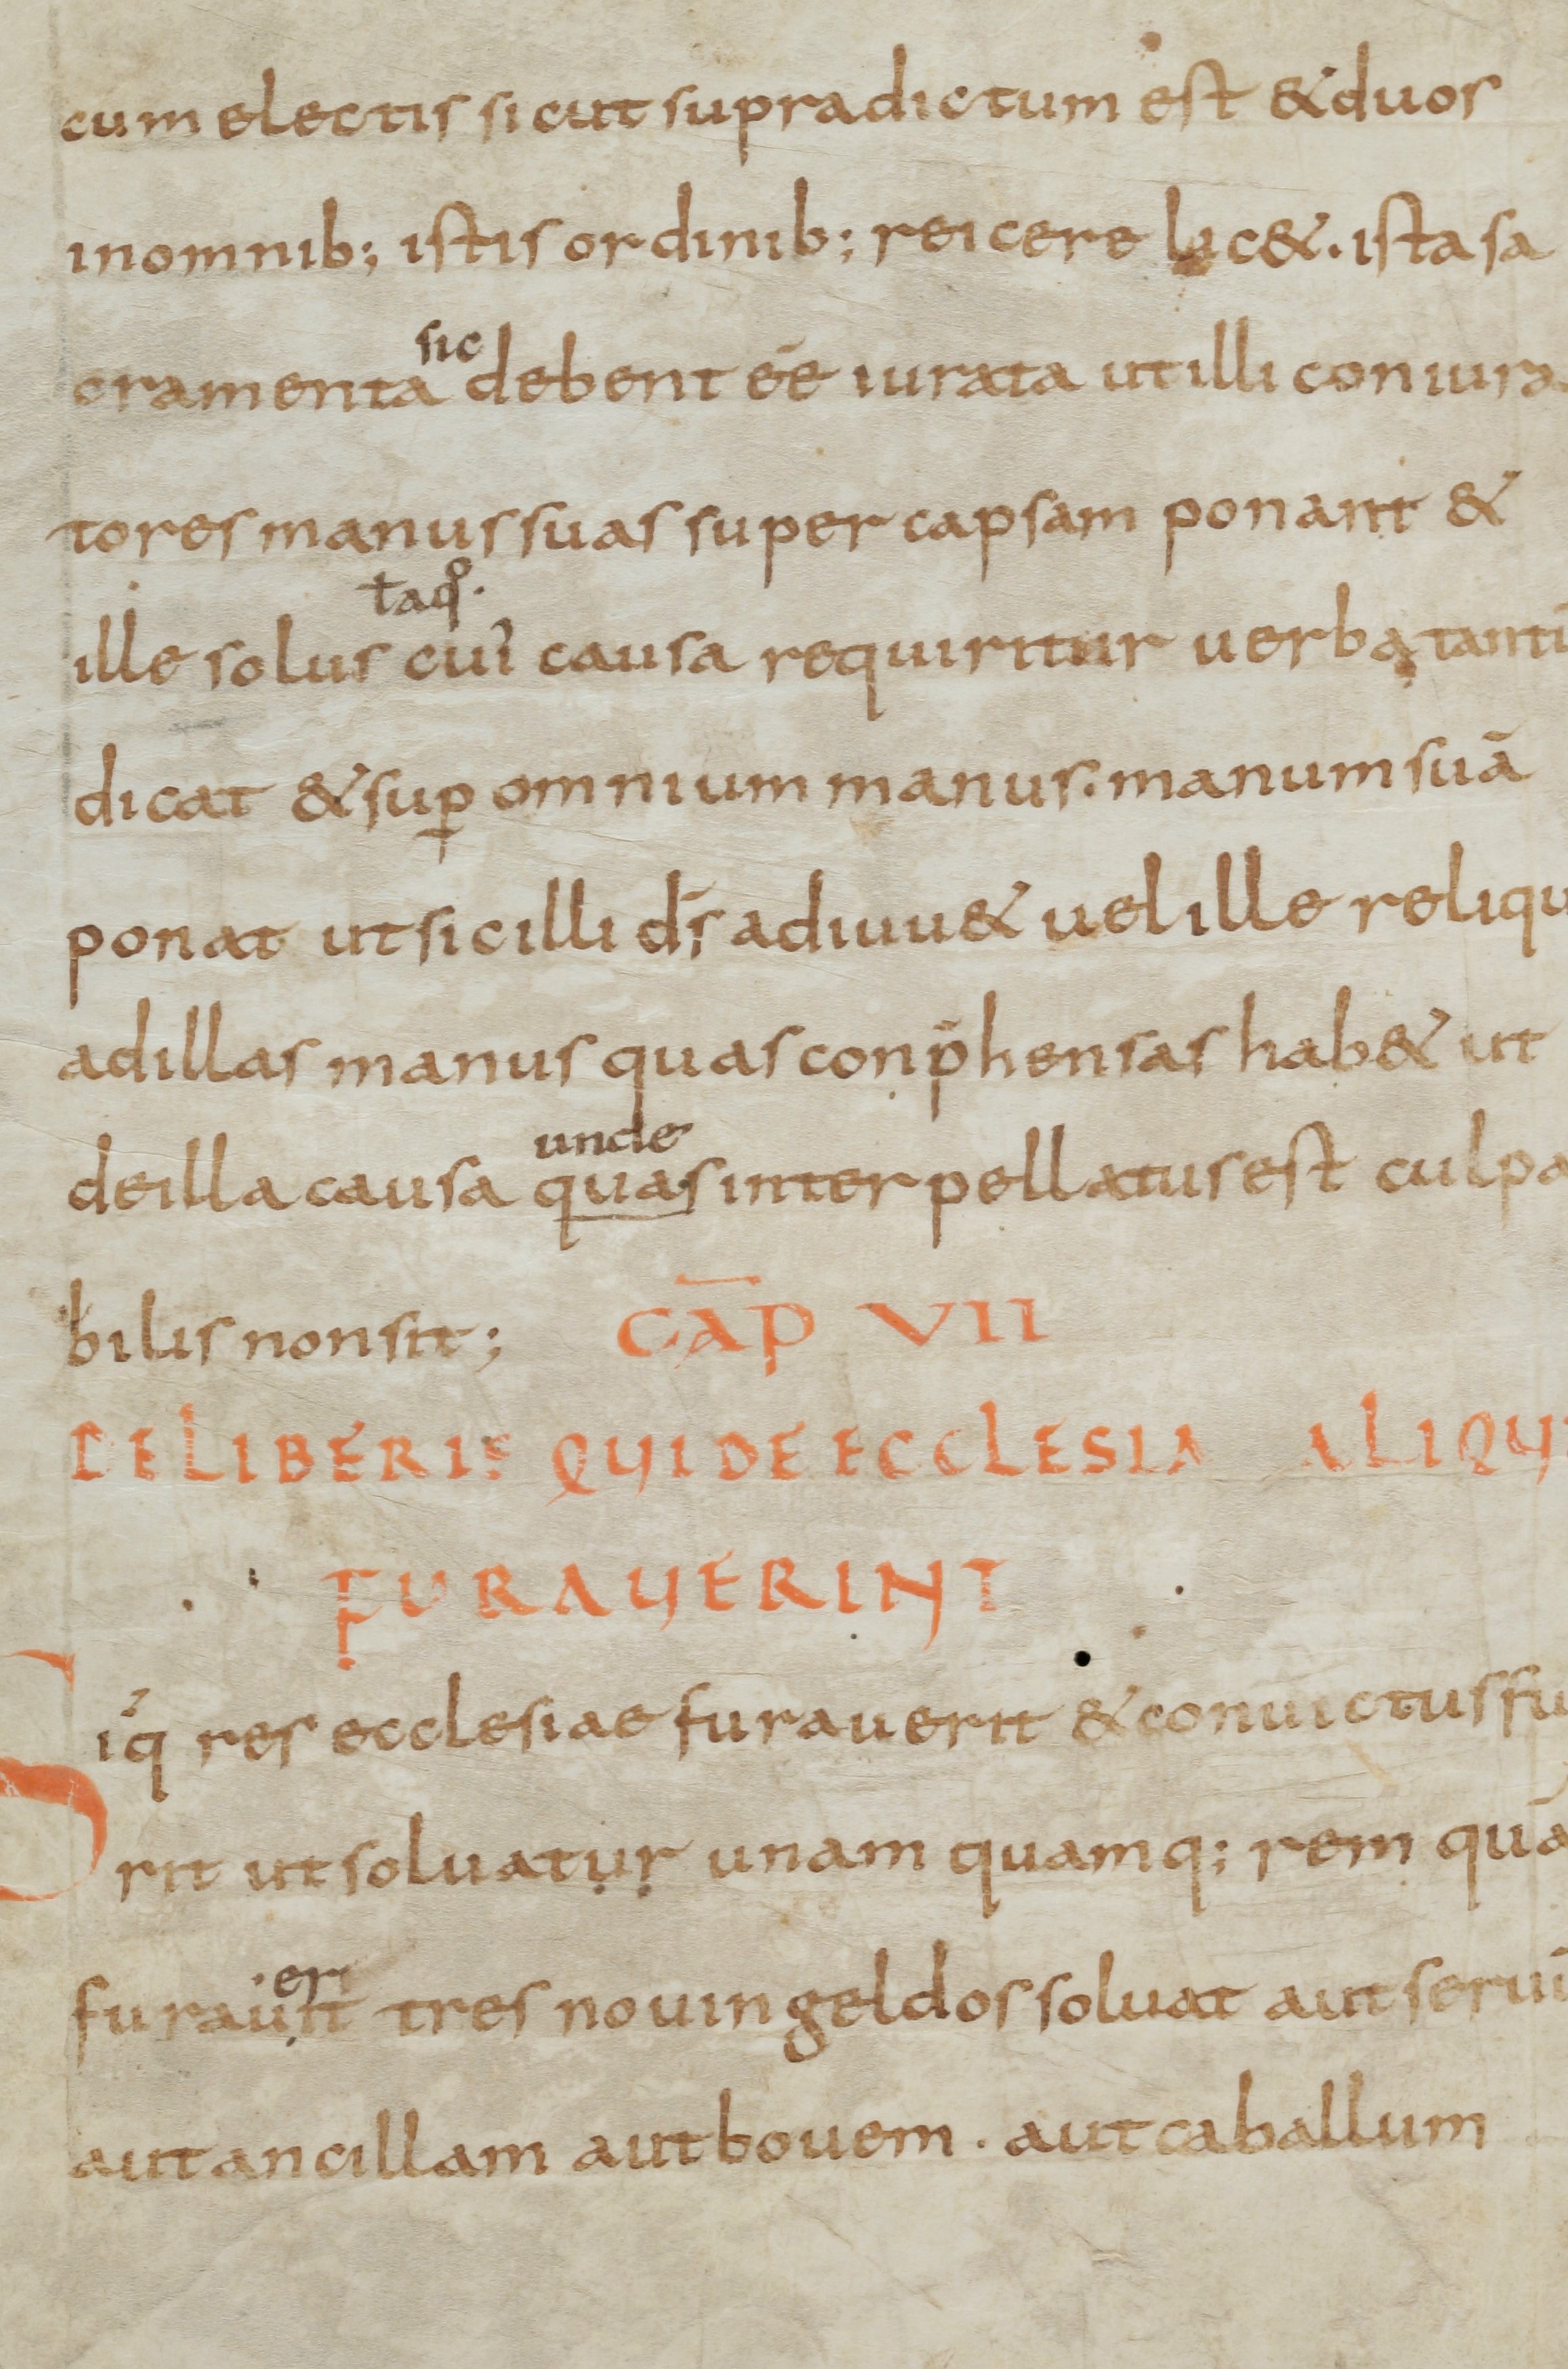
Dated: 800–899